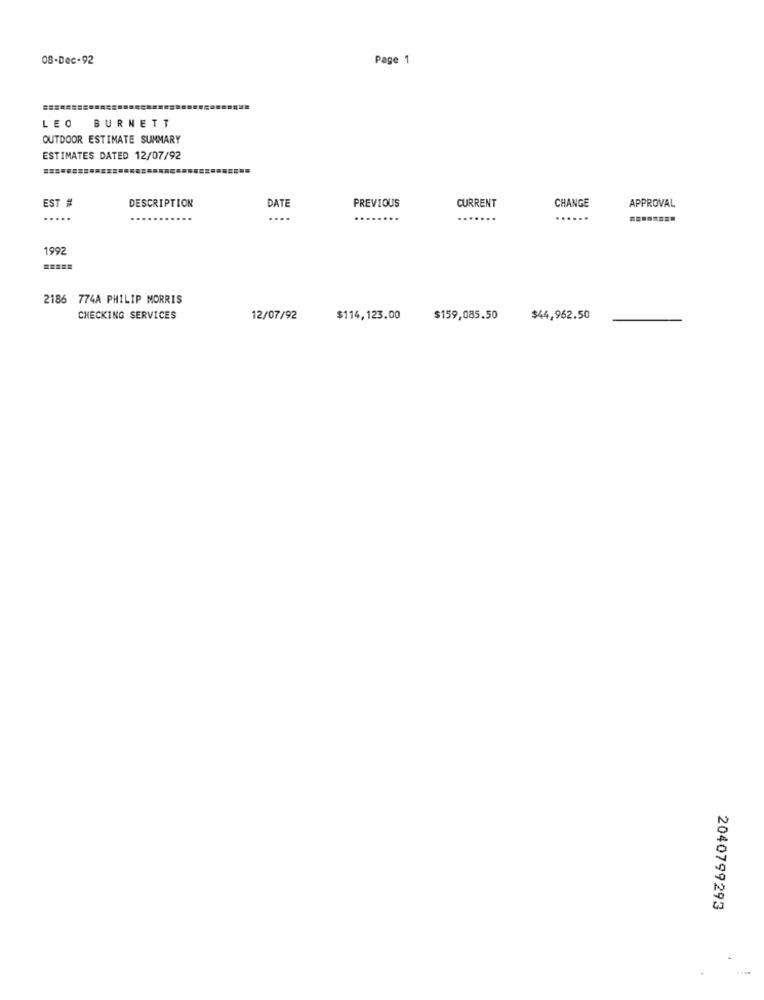
08-Dec-92
Page 1
LEO BURNETT
OUTDOOR ESTIMATE SUMMARY
ESTIMATES DATED 12/07/92
EST #
DESCRIPTION
DATE
CURRENT
CHANGE
APPROVAL
PREVIOUS
....
....
......
199
2186 774A PHILIP MORRIS
CHECKING SERVICES
12/07/92
$114,123.00
$159,085.50
$44,962.50
2040799293